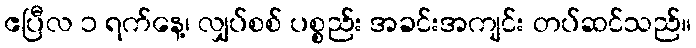
ဧပြီလ ၁ ရက်နေ့၊ လျှပ်စစ် ပစ္စည်း အခင်းအကျင်း တပ်ဆင်သည်။